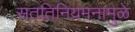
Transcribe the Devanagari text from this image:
संततिनियमनामुळे